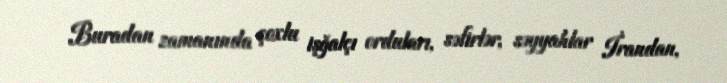
Buradan zamanında çoxlu işğalçı orduları, səfirlər, səyyahlar İrandan,